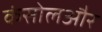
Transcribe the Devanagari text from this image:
कंसोलऔर